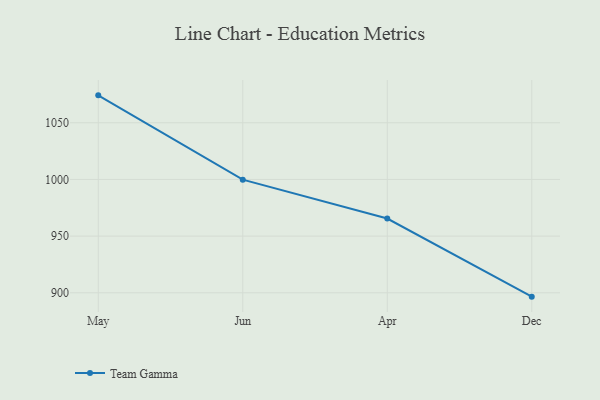
{"axis": {"x": "Month", "y": "Humidity (%)"}, "legend": ["Team Gamma"], "data": [{"x": "May", "y": 1074.2, "type": "Team Gamma"}, {"x": "Jun", "y": 999.8, "type": "Team Gamma"}, {"x": "Apr", "y": 965.5, "type": "Team Gamma"}, {"x": "Dec", "y": 896.6, "type": "Team Gamma"}]}